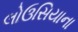
લોઉસિયાના